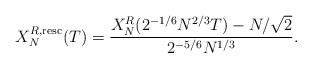
LaTeX: \begin{align*}X_N^{R,{\rm resc}}(T)=\frac{X_N^R(2^{-1/6}N^{2/3}T)-N/\sqrt{2}}{2^{-5/6}N^{1/3}}.\end{align*}